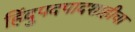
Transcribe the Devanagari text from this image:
हिंदुपदपादशाहीचा